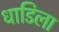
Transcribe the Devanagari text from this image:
धाडिला